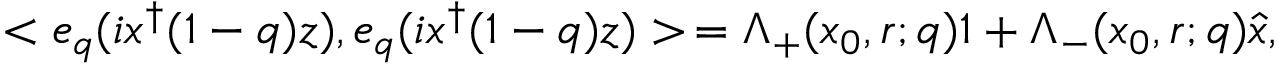
< e _ { q } ( i x ^ { \dagger } ( 1 - q ) z ) , e _ { q } ( i x ^ { \dagger } ( 1 - q ) z ) > \, = \Lambda _ { + } ( x _ { 0 } , r ; q ) 1 + \Lambda _ { - } ( x _ { 0 } , r ; q ) \hat { x } ,